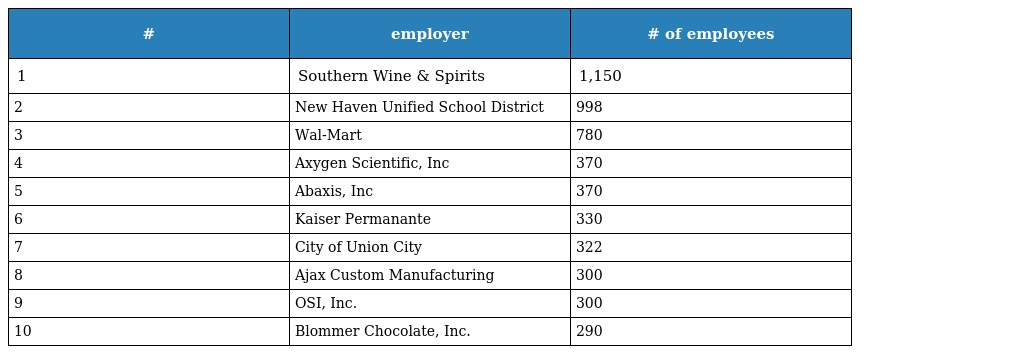
| # | employer | # of employees |
 | --- | --- | --- |
 | 1 | Southern Wine & Spirits | 1,150 |
 | 2 | New Haven Unified School District | 998 |
 | 3 | Wal-Mart | 780 |
 | 4 | Axygen Scientific, Inc | 370 |
 | 5 | Abaxis, Inc | 370 |
 | 6 | Kaiser Permanante | 330 |
 | 7 | City of Union City | 322 |
 | 8 | Ajax Custom Manufacturing | 300 |
 | 9 | OSI, Inc. | 300 |
 | 10 | Blommer Chocolate, Inc. | 290 |